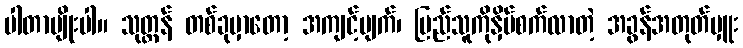
ပါတာမျိုးပါ။ သုတ္တန် တစ်ခုမှာတော့ အကျင့်ပျက်၊ ပြည်သူကိုနှိပ်စက်လာတဲ့ အခွန်အတုတ်မှူး